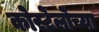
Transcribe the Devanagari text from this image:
कोस्टेलोच्या